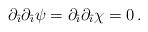
\begin{align*}\partial_{\hat{\imath}}\partial_{\hat{\imath}}\psi=\partial_{\hat{\imath}}\partial_{\hat{\imath}}\chi=0\, .\end{align*}